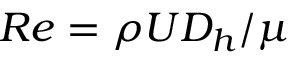
R e = \rho U D _ { h } / \mu